Civil Veterinary Dept. Assam report 1927-50 - 1927-1950
Year: 1927
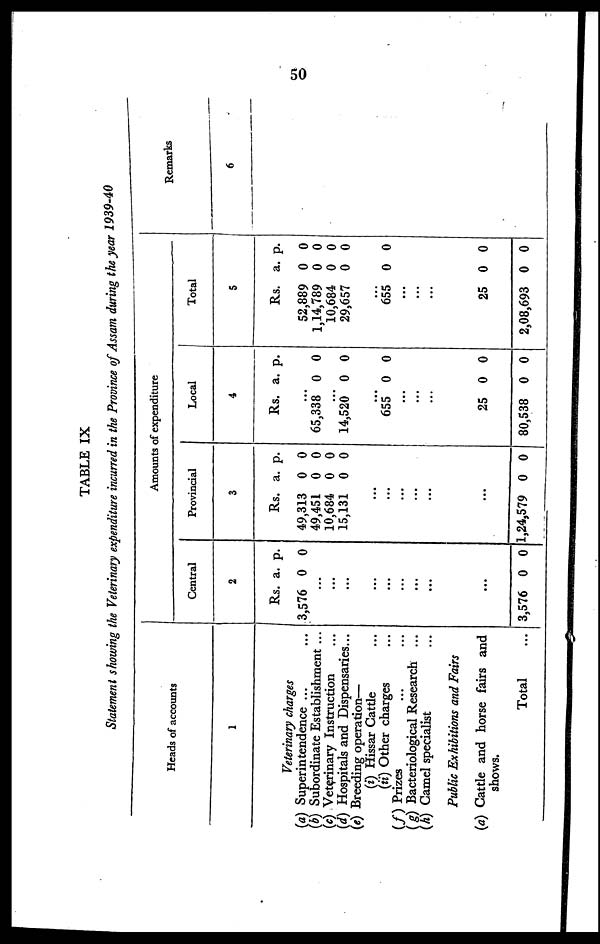
50
TABLE IX
Statement showing the Veterinary expenditure incurred in the Province of Assam during the year 1939-40
Heads of accounts
1
Veterinary charges
(a) Superintendence ...
(b) Subordinate Establishment ...
(c) Veterinary Instruction ...
(d) Hospitals and Dispensaries...
(e) Breeding operation—
(i) Hissar Cattle ...
(ii) Other charges ...
(f) Prizes ... ...
(g) Bacteriological Research ...
(A) Camel specialist ...
Public Exhibitions and Fairs
(a) Cattle and horse fairs and
shows.
Total ...
Amounts of expenditure
Central
2
Rs.
3,576
..
..
..
..
..
..
..
..
...
3,576
a.
0
.
.
.
.
.
.
.
.
0
p.
0
0
Provincial
3
Rs.
49,313
49,451
10,684
15,131
...
...
...
...
...
...
1,24,579
a.
0
0
0
0
0
p.
0
0
0
0
0
Local
4
Rs.
...
65,338
...
14,520
...
655
...
...
...
25
80,538
a.
0
0
0
0
0
p.
0
0
0
0
0
Total
5
Rs.
52,889
1,14,789
10,684
29,657
...
655
...
...
...
25
2,08,693
a.
0
0
0
0
0
0
0
p.
0
0
0
0
0
0
0
Remarks
6